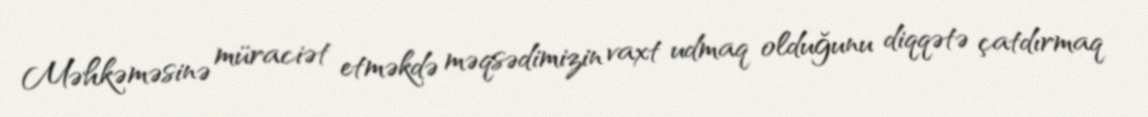
Məhkəməsinə müraciət etməkdə məqsədimizin vaxt udmaq olduğunu diqqətə çatdırmaq